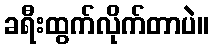
ခရီးထွက်လိုက်တာပဲ။